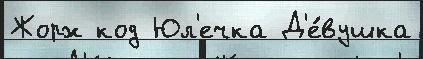
Жорж код Юл'ечка Д'е́вушка